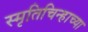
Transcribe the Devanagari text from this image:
स्मृतिचिन्हाच्या